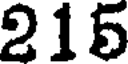
215